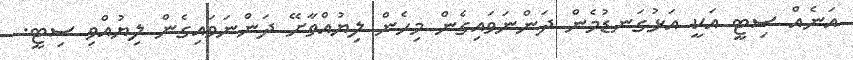
އަނެއް ސިޓީ އަކީ އަޅުގަނޑުމެން ދަންނަވައިގެން މިހެން ލިޔުއްވާށޭ ދަންނަވައިގެން ލިޔުއްވި ސިޓީ.